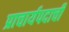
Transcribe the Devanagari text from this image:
प्राचार्यपदाची